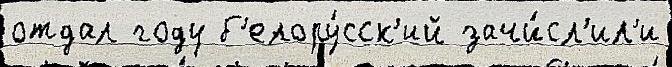
отдал году б'елору́сск'ий зачи́сл'ил'и